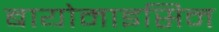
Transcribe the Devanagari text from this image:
बायोमाइसिन